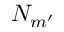
N _ { m ^ { \prime } }